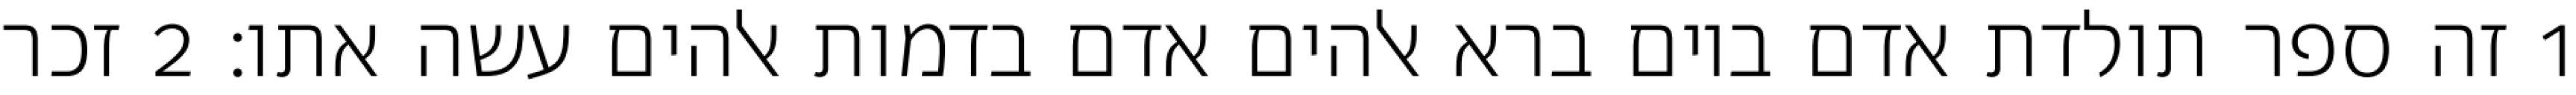
1 זה ספר תולדת אדם ביום ברא אלהים אדם בדמות אלהים עשה אתו׃ ‎2‏ זכר